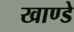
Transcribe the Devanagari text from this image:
खाण्डे